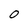
Character: O